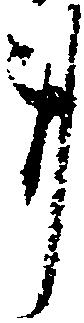
事